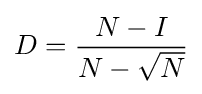
D={\frac {N-I}{N-{\sqrt {N}}}}